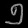
Digit: ၅